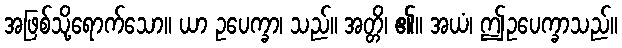
အဖြစ်သို့ရောက်သော။ ယာ ဥပေက္ခာ၊ သည်။ အတ္တိ၊ ၏။ အယံ၊ ဤဥပေက္ခာသည်။